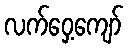
လက်ဝှေ့ကျော်